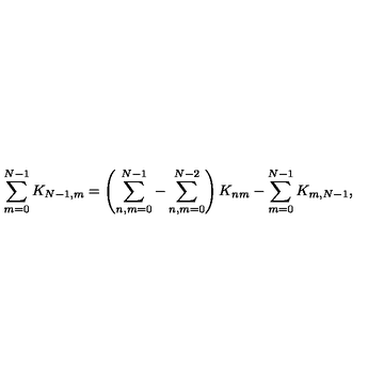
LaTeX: \sum _ { m = 0 } ^ { N - 1 } K _ { N - 1 , m } = \left( \sum _ { n , m = 0 } ^ { N - 1 } - \sum _ { n , m = 0 } ^ { N - 2 } \right) K _ { n m } - \sum _ { m = 0 } ^ { N - 1 } K _ { m , N - 1 } ,